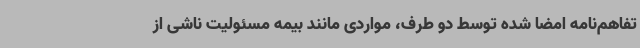
تفاهم‌نامه امضا شده توسط دو طرف، مواردی مانند بیمه مسئولیت ناشی از